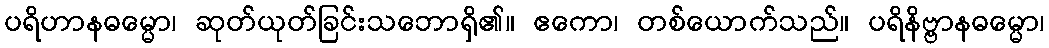
ပရိဟာနဓမ္မော၊ ဆုတ်ယုတ်ခြင်းသဘောရှိ၏။ ဧကော၊ တစ်ယောက်သည်။ ပရိနိဗ္ဗာနဓမ္မော၊